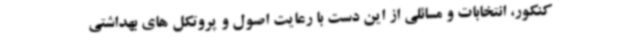
کنکور، انتخابات و مسائلی از این دست با رعایت اصول و پروتکل های بهداشتی